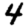
Digit: 4